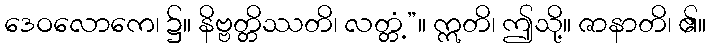
ဒေဝလောကေ၊ ၌။ နိဗ္ဗတ္တိဿတိ၊ လတ္တံ့”။ ဣတိ၊ ဤသို့။ ဇာနာတိ၊ ၏။